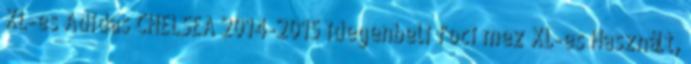
XL-es Adidas CHELSEA 2014-2015 idegenbeli foci mez XL-es Használt,